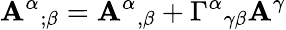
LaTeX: \mathbf{A}^{\alpha}{}_{;\beta}=\mathbf{A}^{\alpha}{}_{,\beta}+\Gamma^{\alpha}{}_{\gamma\beta}\mathbf{A}^{\gamma}